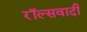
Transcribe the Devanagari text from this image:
रॉल्सवादी